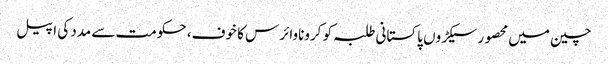
چین میں محصور سیکڑوں پاکستانی طلبہ کو کروناوائرس کا خوف، حکومت سے مدد کی اپیل